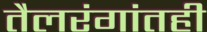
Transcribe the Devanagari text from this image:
तैलरंगांतही